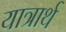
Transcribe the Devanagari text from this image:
यात्रार्थ